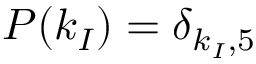
P ( k _ { I } ) = \delta _ { k _ { I } , 5 }